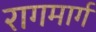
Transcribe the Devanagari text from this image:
रागमार्ग